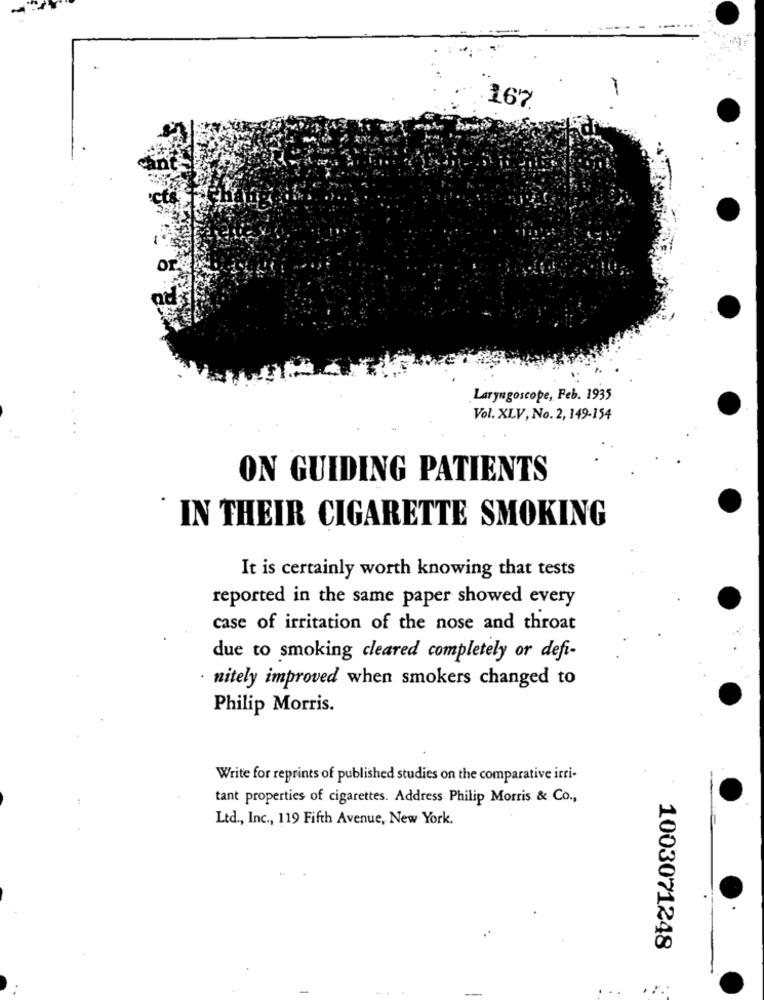
167
Laryngoscope, Feb. 1935
Vol. XLV, No. 2, 149-154
ON GUIDING PATIENTS
` IN THEIR CIGARETTE SMOKING
It is certainly worth knowing that tests
reported in the same paper showed every
case of irritation of the nose and throat
due to smoking cleared completely or defi-
· nitely improved when smokers changed to
Philip Morris.
Write for reprints of published studies on the comparative irri-
tant properties of cigarettes. Address Philip Morris & Co .,
Ltd ., Inc ., 119 Fifth Avenue, New York.
1003071248
..